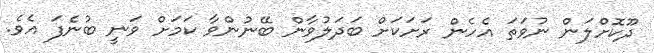
ދޫކޮށްލަން ނުވަތަ އެހެން ރަށަކަށް ބަދަލުވާން ބޭނުންވާ ކަމަށް ވަނީ ބުނެފަ އެވެ.